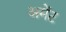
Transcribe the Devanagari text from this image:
अमेंट